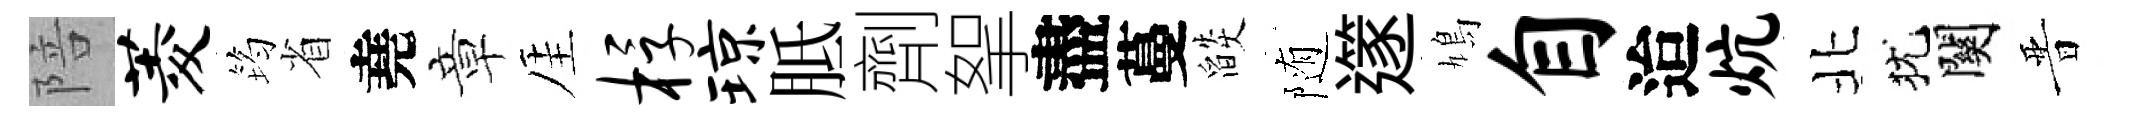
陪菱筠省堯章厓桴琼胝劑挐盡蔓燄随𨗹鳩自迨炕北犹關晋